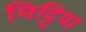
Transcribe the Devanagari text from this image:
मिट्टिया